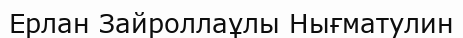
Ерлан Зайроллаұлы Нығматулин